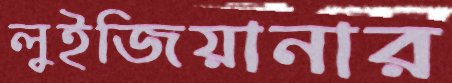
লুইজিয়ানার